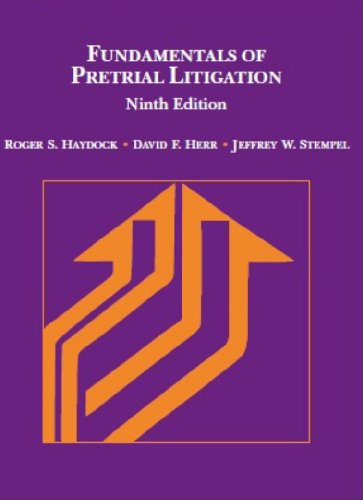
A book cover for Fundamentals of Pretrial Litigation (American Casebook Series); Roger Haydock; Law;